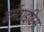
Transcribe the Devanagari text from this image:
डर्मेटाइटिस